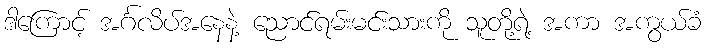
ဒါကြောင့် အင်္ဂလိပ်အနေနဲ့ ညောင်ရမ်းမင်းသားကို သူတို့ရဲ့ အကာ အကွယ်ခံ